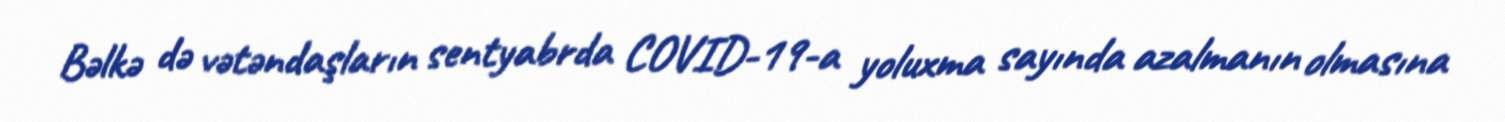
Bəlkə də vətəndaşların sentyabrda COVID-19-a yoluxma sayında azalmanın olmasına